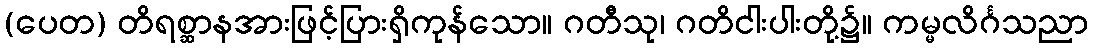
(ပေတ) တိရစ္ဆာနအားဖြင့်ပြားရှိကုန်သော။ ဂတီသု၊ ဂတိငါးပါးတို့၌။ ကမ္မလိင်္ဂသညာ